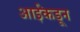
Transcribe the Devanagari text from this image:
आईंकडून